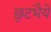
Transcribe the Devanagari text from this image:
छुटभैये